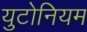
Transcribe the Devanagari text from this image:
युटोनियम